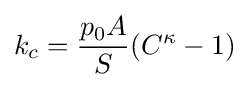
k_{c}={\frac {p_{0}A}{S}}(C^{\kappa }-1)